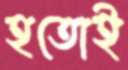
হতোই